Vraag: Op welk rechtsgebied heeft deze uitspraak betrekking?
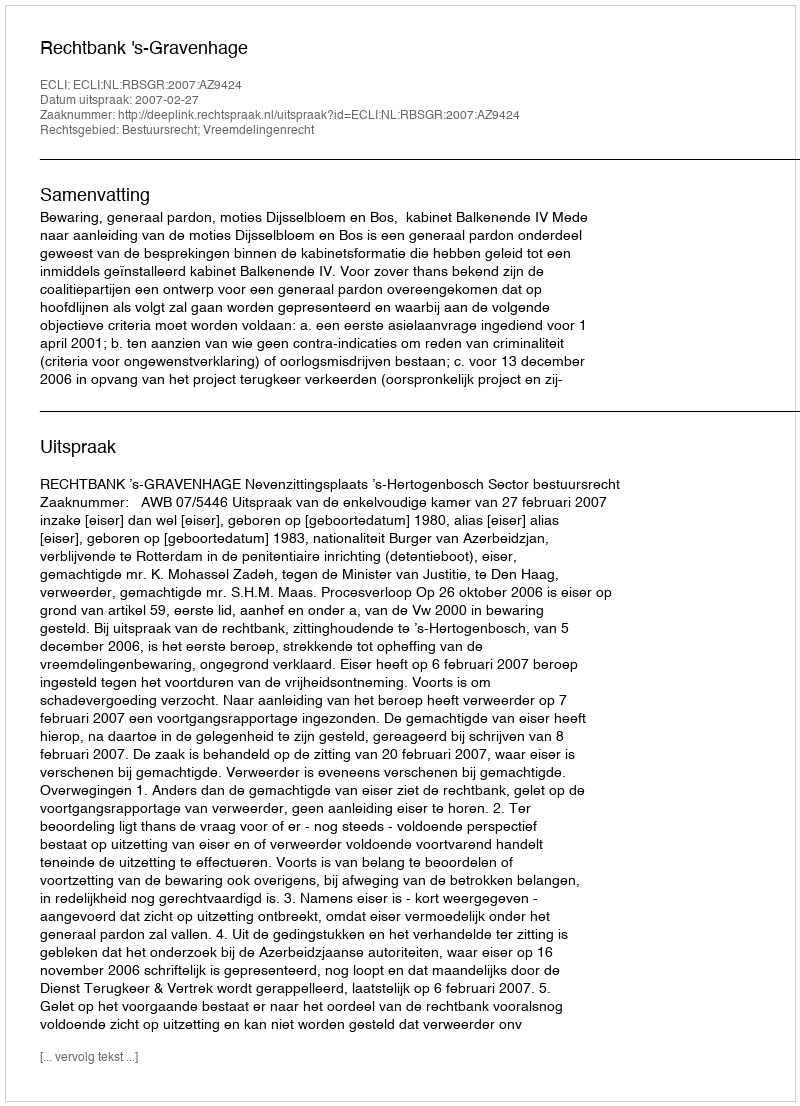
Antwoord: Bestuursrecht; Vreemdelingenrecht